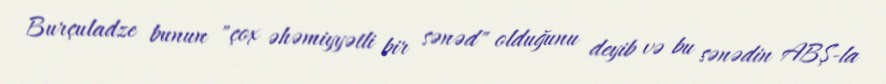
Burçuladze bunun "çox əhəmiyyətli bir sənəd" olduğunu deyib və bu sənədin ABŞ-la